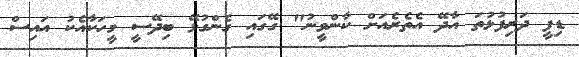
ޑިފީ ދަރިފުޅުތަ އާދޭ އެތެރެއަށް ކާންވީނު" ގޭގައި ގެންގުޅޭ ބިދޭސީ މީހަކާއެކު އައިސް